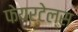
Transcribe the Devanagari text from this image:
फेयरटेल्स